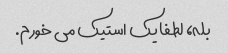
بله، لطفا یک استیک می خورم.